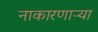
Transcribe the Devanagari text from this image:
नाकारणाऱ्या